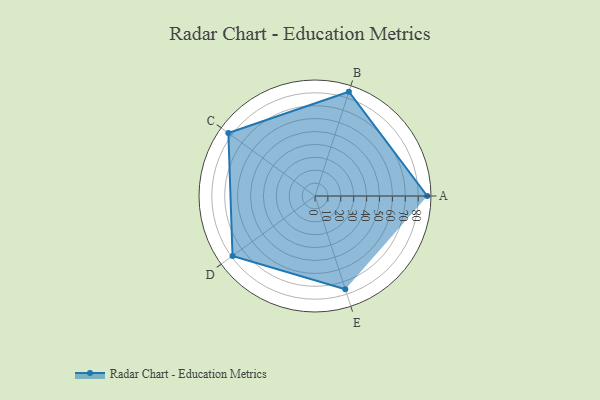
{"axis": {"x": "Skill", "y": "Score"}, "legend": ["Profile"], "data": [{"x": "A", "y": 87.0, "type": "Profile"}, {"x": "B", "y": 85.0, "type": "Profile"}, {"x": "C", "y": 83.0, "type": "Profile"}, {"x": "D", "y": 79.0, "type": "Profile"}, {"x": "E", "y": 76.0, "type": "Profile"}]}